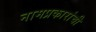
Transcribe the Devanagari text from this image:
नामप्रकारांची